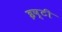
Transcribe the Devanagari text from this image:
इष्टी